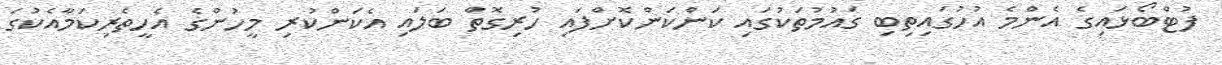
ފުޓްބޯޅައިގެ އެންމެ އުހުގައިތިބި ގައުމުތަކުގައި ކަންކަންކޮށްފައި ހުރިގޮތް ބަލައި އެކަންކުރި މީހުންގެ އެހީތެރިކަމާއެކުގަ